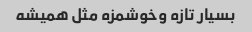
بسیار تازه و‌خوشمزه مثل همیشه